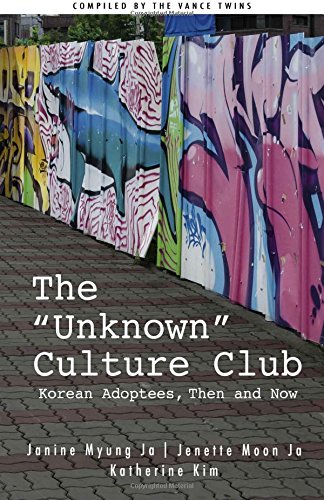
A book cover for The "Unknown" Culture Club: Korean Adoptees, Then and Now; Janine Myung Ja; Parenting & Relationships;